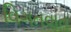
વિગતવાત